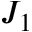
J _ { 1 }